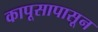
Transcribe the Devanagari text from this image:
कापूसापासून